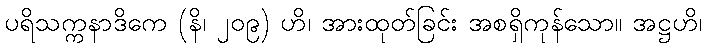
ပရိသက္ကနာဒိကေ (နိ၊ ၂၀၉) ဟိ၊ အားထုတ်ခြင်း အစရှိကုန်သော။ အဋ္ဌဟိ၊